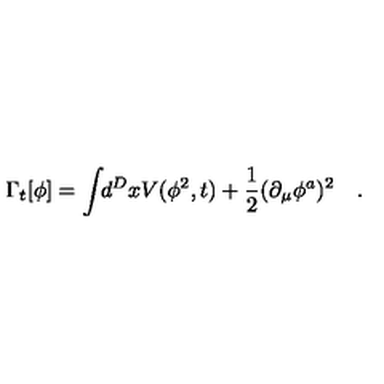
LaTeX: \Gamma _ { t } [ \phi ] = \int \! \! d ^ { D } x V ( \phi ^ { 2 } , t ) + \frac { 1 } { 2 } ( \partial _ { \mu } \phi ^ { a } ) ^ { 2 } \quad .